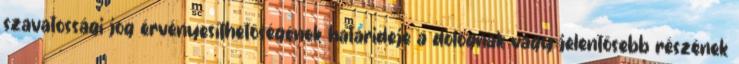
szavatossági jog érvényesíthetőségének határideje a dolognak vagy jelentősebb részének